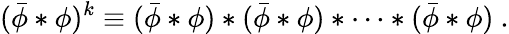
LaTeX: (\bar{\phi}\ast\phi)^{k}\equiv(\bar{\phi}\ast\phi)\ast(\bar{\phi}\ast\phi)\ast\cdots\ast(\bar{\phi}\ast\phi)~.